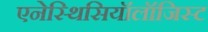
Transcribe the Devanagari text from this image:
एनेस्थिसियॉलॉजिस्ट